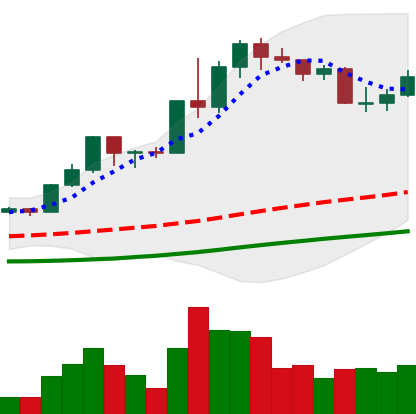
Ticker: LINK-USD
Chart end date: 2020-07-23
Forward return: -8.267%
Label: down_7plus